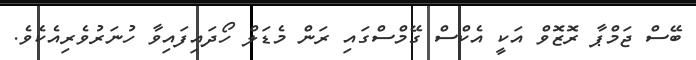
ބޭސް ޖަމްޕާ ރޮޒޮވް އަކީ އެކްސް ގޭމްސްގައި ރަން މެޑަލް ހޯދައިފައިވާ ހުނަރުވެރިއެކެވެ.